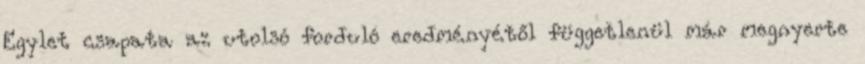
Egylet csapata az utolsó forduló eredményétől függetlenül már megnyerte